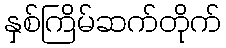
နှစ်ကြိမ်ဆက်တိုက်